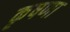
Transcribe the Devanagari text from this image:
कृषणा